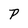
Character: P